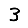
Digit: 3